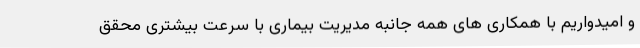
و امیدواریم با همکاری های همه جانبه مدیریت بیماری با سرعت بیشتری محقق